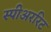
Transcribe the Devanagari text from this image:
स्पीअररिट